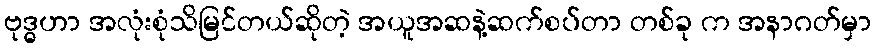
ဗုဒ္ဓဟာ အလုံးစုံသိမြင်တယ်ဆိုတဲ့ အယူအဆနဲ့ဆက်စပ်တာ တစ်ခု က အနာဂတ်မှာ